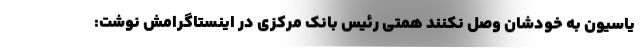
یاسیون به خودشان وصل نکنند همتی رئیس بانک مرکزی در اینستاگرامش نوشت: